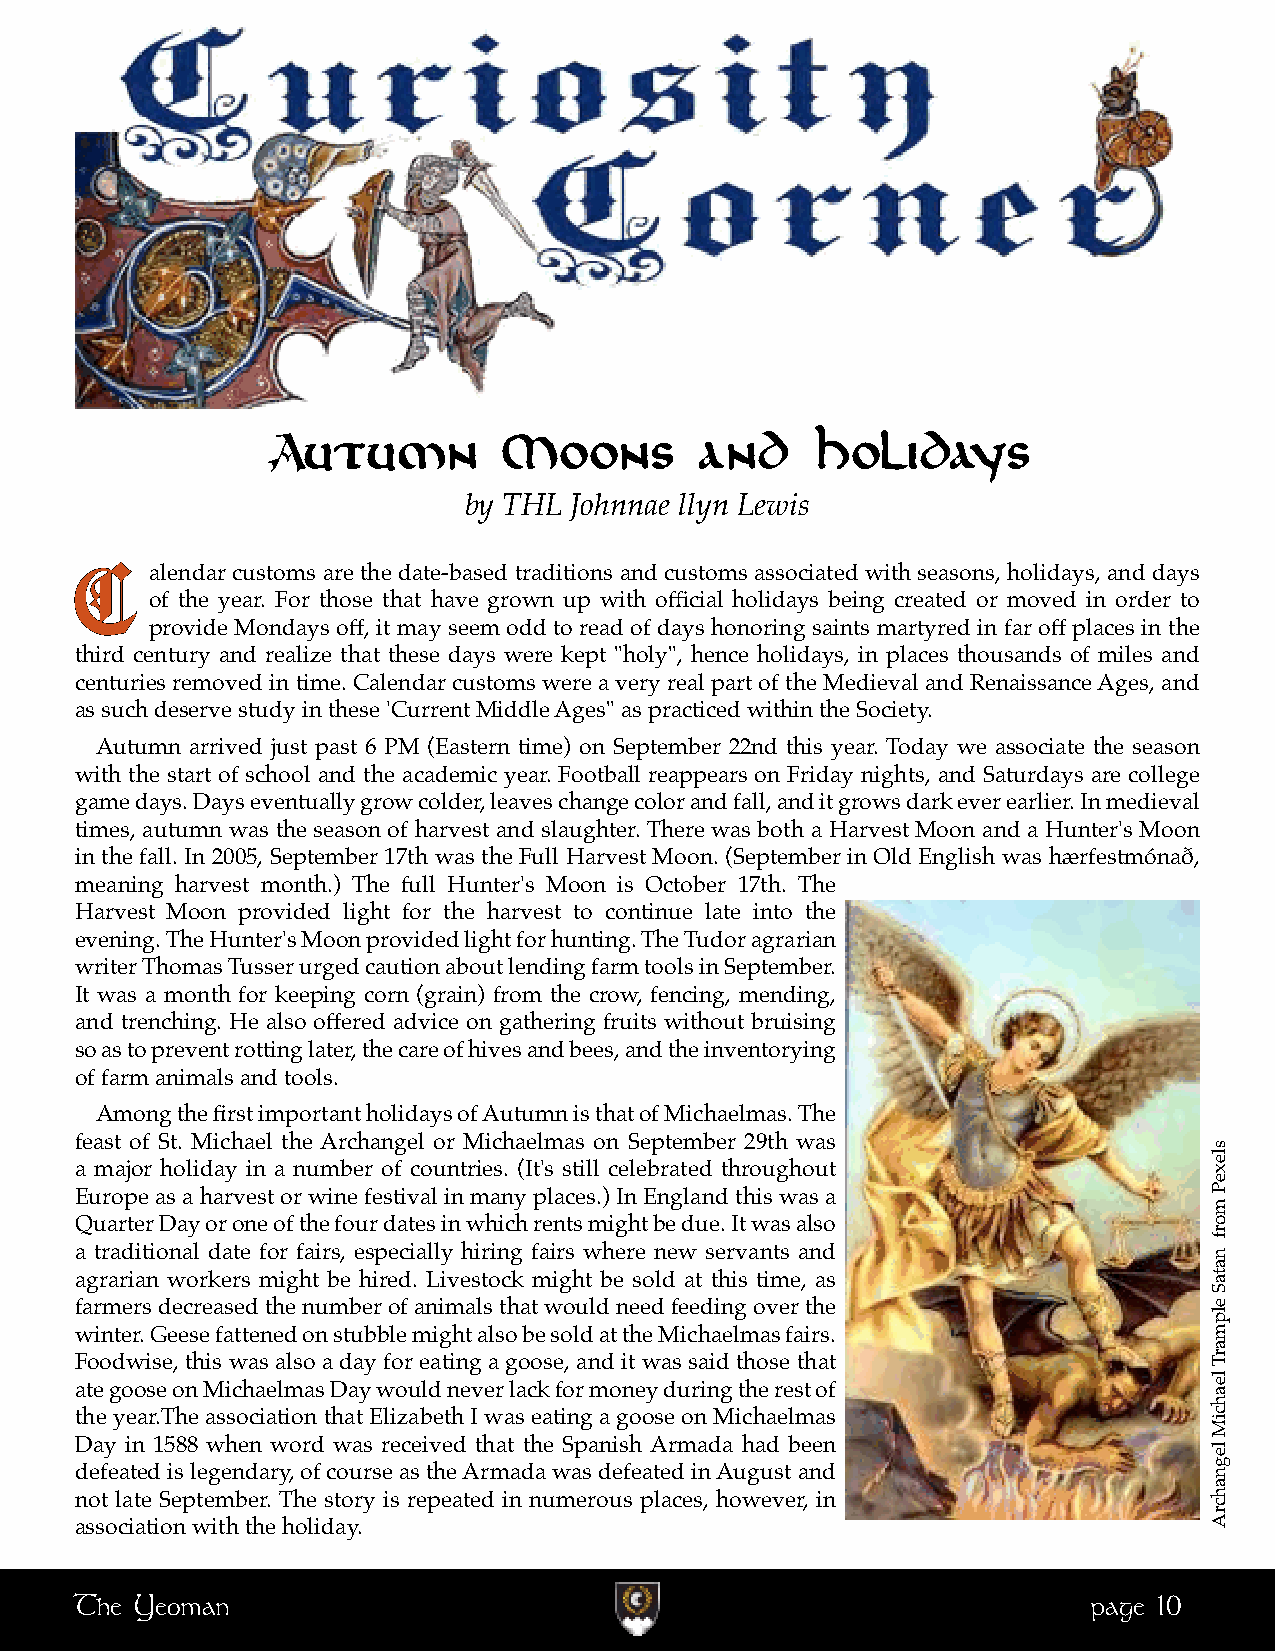
Autumn         Moons        and     Holidays
 by THL Johnnae llyn Lewis
 CC
 alendar customs are the date-based traditions and customs associated with seasons, holidays, and days
 of the year. For those that have grown up with official holidays being created or moved in order to
 provide Mondays off, it may seem odd to read of days honoring saints martyred in far off places in the
 third century and realize that these days were kept "holy", hence holidays, in places thousands of miles and
 centuries removed in time. Calendar customs were a very real part of the Medieval and Renaissance Ages, and
 as such deserve study in these 'Current Middle Ages" as practiced within the Society.
 Autumn arrived just past 6 PM (Eastern time) on September 22nd this year. Today we associate the season
 with the start of school and the academic year. Football reappears on Friday nights, and Saturdays are college
 game days. Days eventually grow colder, leaves change color and fall, and it grows dark ever earlier. In medieval
 times, autumn was the season of harvest and slaughter. There was both a Harvest Moon and a Hunter's Moon
 in the fall. In 2005, September 17th was the Full Harvest Moon. (September in Old English was hærfestmónað,
 meaning harvest month.) The full Hunter's Moon is October 17th. The
 Harvest Moon provided light for the harvest to continue late into the
 evening. The Hunter's Moon provided light for hunting. The Tudor agrarian
 writer Thomas Tusser urged caution about lending farm tools in September.
 It was a month for keeping corn (grain) from the crow, fencing, mending,
 and trenching. He also offered advice on gathering fruits without bruising
 so as to prevent rotting later, the care of hives and bees, and the inventorying
 of farm animals and tools.
 Among the first important holidays of Autumn is that of Michaelmas. The
 feast of St. Michael the Archangel or Michaelmas on September 29th was
 a major holiday in a number of countries. (It's still celebrated throughout
 Europe as a harvest or wine festival in many places.) In England this was a
 Quarter Day or one of the four dates in which rents might be due. It was also
 a traditional date for fairs, especially hiring fairs where new servants and
 agrarian workers might be hired. Livestock might be sold at this time, as
 farmers decreased the number of animals that would need feeding over the
 winter. Geese fattened on stubble might also be sold at the Michaelmas fairs.
 Foodwise, this was also a day for eating a goose, and it was said those that
 ate goose on Michaelmas Day would never lack for money during the rest of
 the year.The association that Elizabeth I was eating a goose on Michaelmas
 Day in 1588 when word was received that the Spanish Armada had been
 defeated is legendary, of course as the Armada was defeated in August and
 not late September. The story is repeated in numerous places, however, in
 association with the holiday.
 The Yeoman                                                         page 10
 slexeP
 morf
 nataS
 elpmarT
 leahciM
 legnahcrA